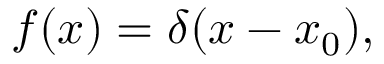
f ( x ) = \delta ( x - x _ { 0 } ) ,